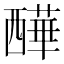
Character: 𧠁